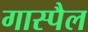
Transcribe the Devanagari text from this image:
गास्पैल